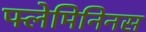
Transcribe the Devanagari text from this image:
फ्लेमिनिनस